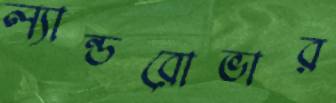
ল্যান্ডরোভার